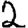
Digit: 2